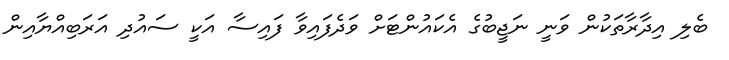
ބެލި އިދާރާތަކުން ވަނީ ނަޖީބުގެ އެކައުންޓަށް ވަދެފައިވާ ފައިސާ އަކީ ސައުދި އަރަބިއްޔާއިން